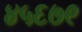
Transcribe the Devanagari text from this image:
४५६७९